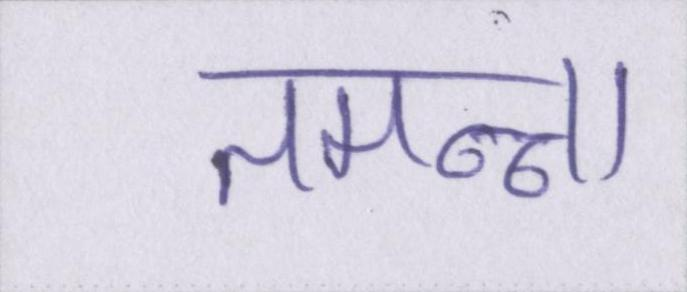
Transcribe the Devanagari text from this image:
तमन्ना